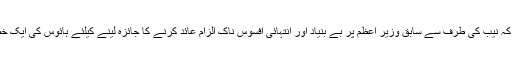
انہوں نے تجویز پیش کی ہے کہ نیب کی طرف سے سابق وزیر اعظم پر بے بنیاد اور انتہائی افسوس ناک الزام عائد کرنے کا جائزہ لینے کیلئے ہائوس کی ایک خصوصی کمیٹی قائم کی جائے۔